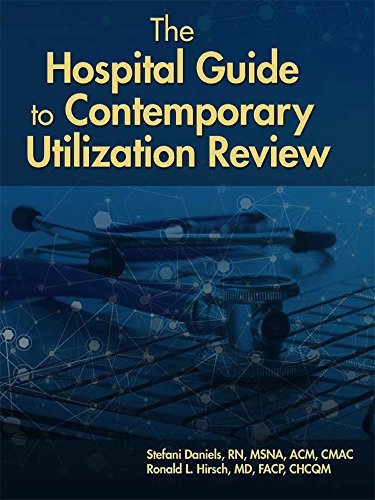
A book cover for The Hospital Guide to Contemporary Utilization Review; Stefani Daniels; Medical Books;